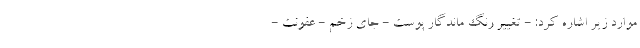
موارد زیر اشاره کرد: - تغییر رنگ ماندگار پوست - جای زخم - عفونت -